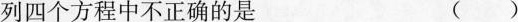
列四个方程中不正确的是 ()